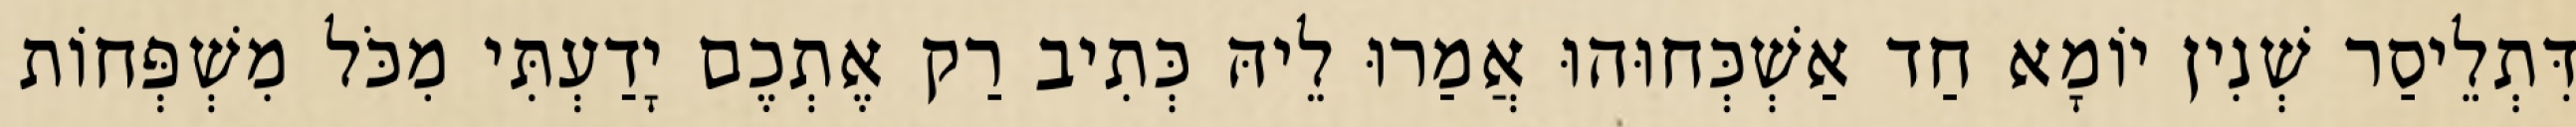
דִּתְלֵיסַר שְׁנִין יוֹמָא חַד אַשְׁכְּחוּהוּ אֲמַרוּ לֵיהּ כְּתִיב רַק אֶתְכֶם יָדַעְתִּי מִכֹּל מִשְׁפְּחוֹת